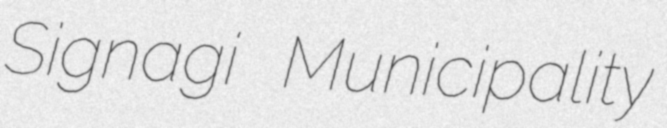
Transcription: Signagi Municipality